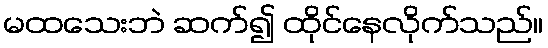
မထသေးဘဲ ဆက်၍ ထိုင်နေလိုက်သည်။